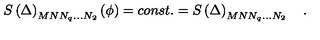
S \left( \Delta \right) _ { M N N _ { q } \ldots N _ { 2 } } \left( \phi \right) = c o n s t . = S \left( \Delta \right) _ { M N N _ { q } \ldots N _ { 2 } } \quad .